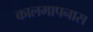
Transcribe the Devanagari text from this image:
कालमापनास